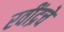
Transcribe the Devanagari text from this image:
रवींद्रचे